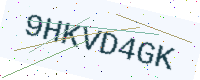
Text: 9HKVD4GK